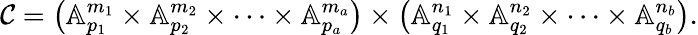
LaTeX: \mathcal{C}=\left(\mathbb{A}_{p_{1}}^{m_{1}}\times\mathbb{A}_{p_{2}}^{m_{2}}\times\dots\times\mathbb{A}_{p_{a}}^{m_{a}}\right)\times\left(\mathbb{A}_{q_{1}}^{n_{1}}\times\mathbb{A}_{q_{2}}^{n_{2}}\times\dots\times\mathbb{A}_{q_{b}}^{n_{b}}\right).